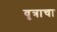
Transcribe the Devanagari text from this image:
वृत्राचा